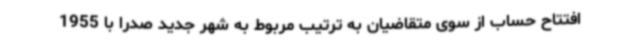
افتتاح حساب از سوی متقاضیان به ترتیب مربوط به شهر جدید صدرا با 1955